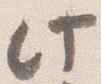
此